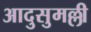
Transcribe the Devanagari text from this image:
आदुसुमल्ली